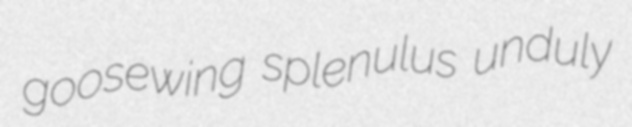
goosewing splenulus unduly